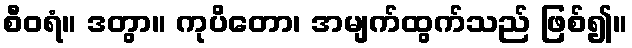
စီဝရံ။ ဒတွာ။ ကုပိတော၊ အမျက်ထွက်သည် ဖြစ်၍။